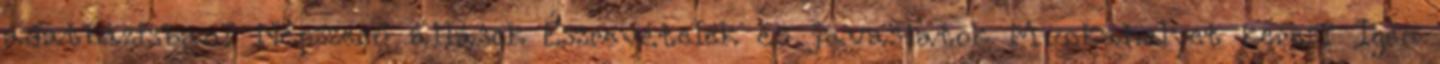
adatbázisban? Népszerű állások Észrevételek és javaslatok Munkahelyet keres? Igen